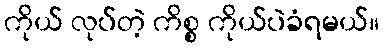
ကိုယ် လုပ်တဲ့ ကိစ္စ ကိုယ်ပဲခံရမယ်။